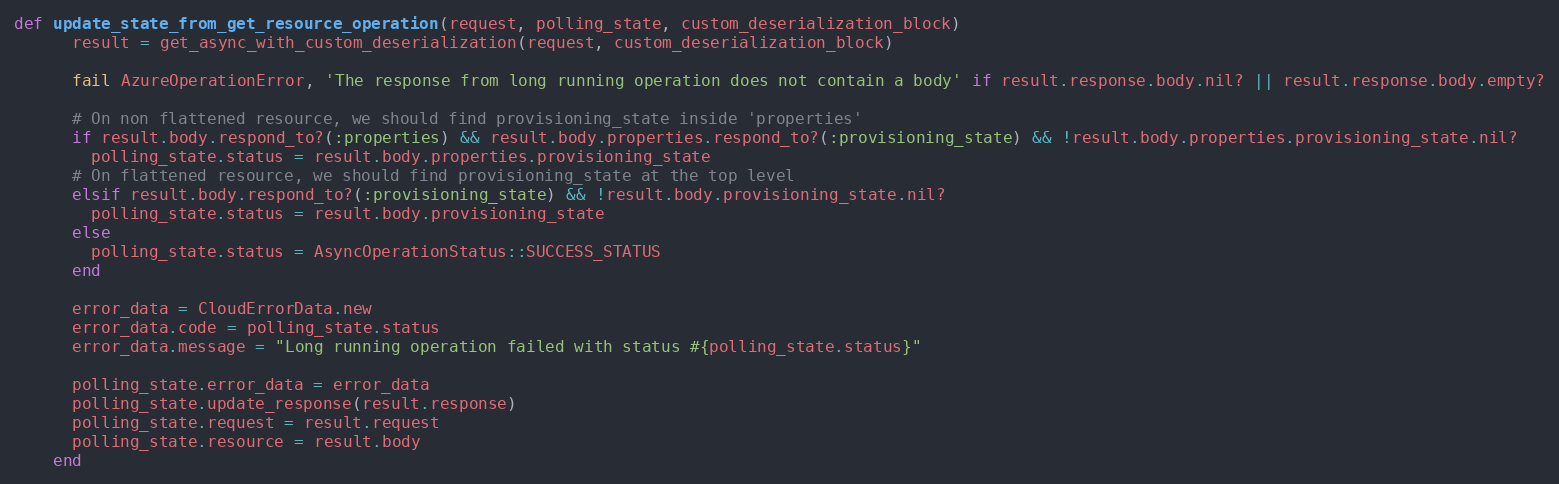
Language: Ruby
def update_state_from_get_resource_operation(request, polling_state, custom_deserialization_block)
      result = get_async_with_custom_deserialization(request, custom_deserialization_block)

      fail AzureOperationError, 'The response from long running operation does not contain a body' if result.response.body.nil? || result.response.body.empty?

      # On non flattened resource, we should find provisioning_state inside 'properties'
      if result.body.respond_to?(:properties) && result.body.properties.respond_to?(:provisioning_state) && !result.body.properties.provisioning_state.nil?
        polling_state.status = result.body.properties.provisioning_state
      # On flattened resource, we should find provisioning_state at the top level
      elsif result.body.respond_to?(:provisioning_state) && !result.body.provisioning_state.nil?
        polling_state.status = result.body.provisioning_state
      else
        polling_state.status = AsyncOperationStatus::SUCCESS_STATUS
      end

      error_data = CloudErrorData.new
      error_data.code = polling_state.status
      error_data.message = "Long running operation failed with status #{polling_state.status}"

      polling_state.error_data = error_data
      polling_state.update_response(result.response)
      polling_state.request = result.request
      polling_state.resource = result.body
    end